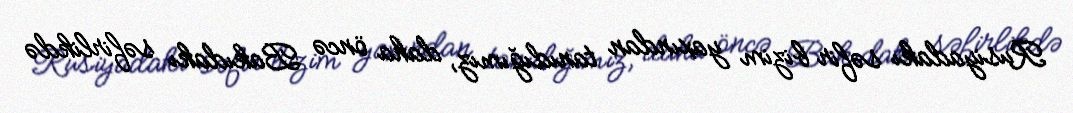
Rusiyadakı səfir bizim yaxından tanıdığımız, daha öncə Bakıdakı səfirlikdə